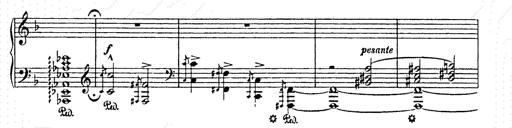
Title: AnnÃ©es de pÃ¨lerinage II
Composer: Franz Liszt